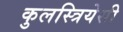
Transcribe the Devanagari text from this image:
कुलस्त्रियेसी